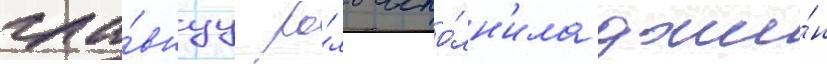
гла́внуу ро́ль испо́лн'ила джи́н